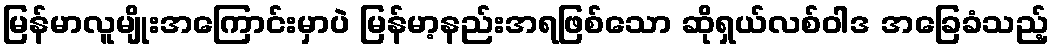
မြန်မာလူမျိုးအကြောင်းမှာပဲ မြန်မာ့နည်းအရဖြစ်သော ဆိုရှယ်လစ်ဝါဒ အခြေခံသည့်